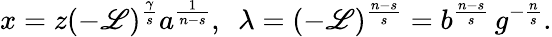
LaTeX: x=z(-\mathscr{L})^{\frac{{\gamma}}{{s}}}a^{\frac{{1}}{{n-s}}},\, \, \, \lambda=(-\mathscr{L})^{\frac{{n-s}}{{s}}}=b^{\frac{{n-s}}{{s}}}\, g^{-\frac{{n}}{{s}}}.